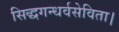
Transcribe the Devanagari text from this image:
सिद्धगन्धर्वसेविता।